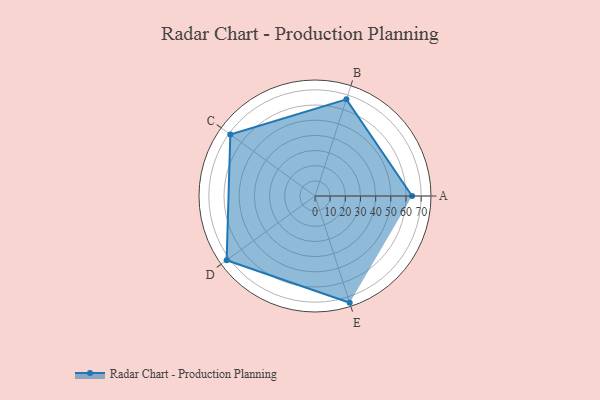
{"axis": {"x": "Skill", "y": "Score"}, "legend": ["Profile"], "data": [{"x": "A", "y": 64.0, "type": "Profile"}, {"x": "B", "y": 67.0, "type": "Profile"}, {"x": "C", "y": 69.0, "type": "Profile"}, {"x": "D", "y": 72.0, "type": "Profile"}, {"x": "E", "y": 74.0, "type": "Profile"}]}